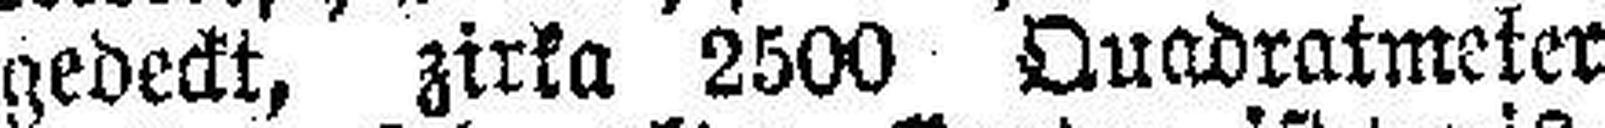
gedeckt, zirka 2500 Quadratmeter